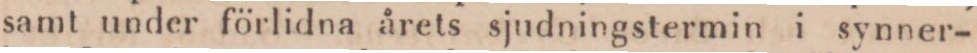
samt under förlidna årets sjudningstermin i synner-